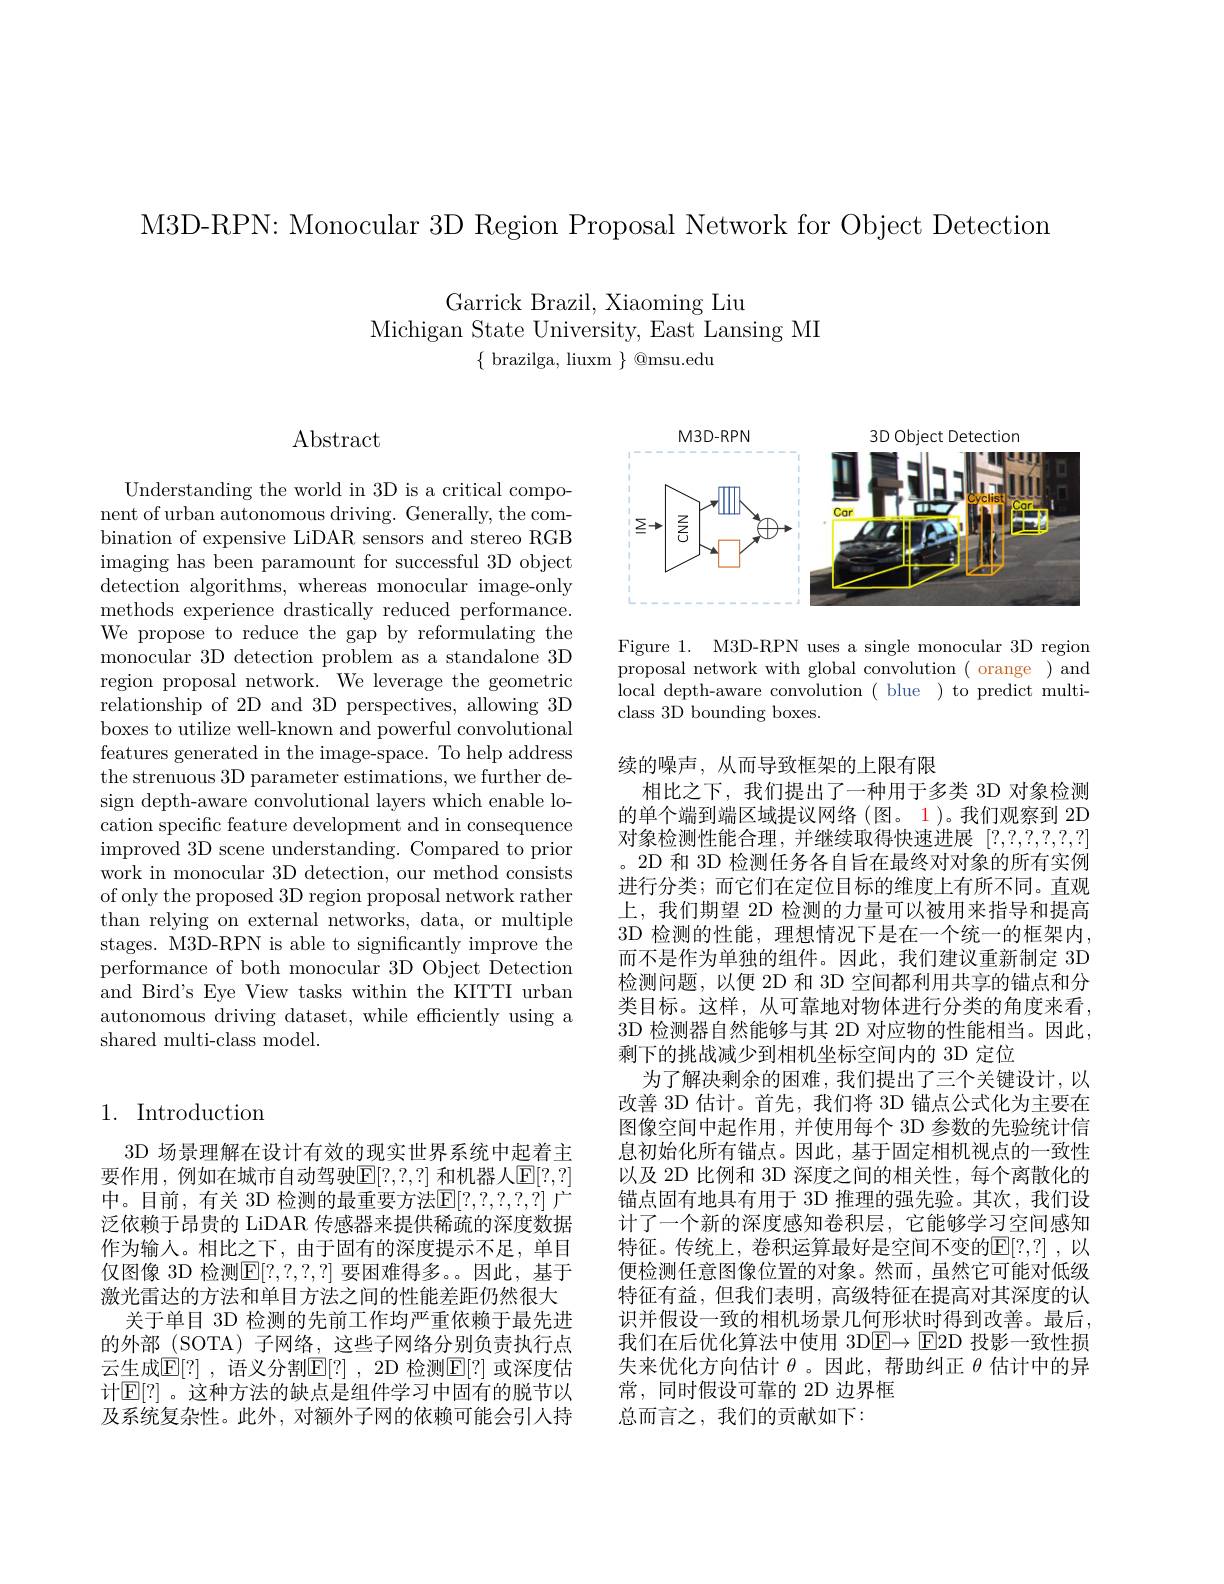
M3D-RPN: Monocular 3D Region Proposal Network for Object Detection

Garrick Brazil, Xiaoming Liu

Michigan State University, East Lansing MI

$\{$ brazilga, liuxm $\}$ @msu.edu

Abstract

Understanding the world in 3D is a critical component of urban autonomous driving. Generally, the combination of expensive LiDAR sensors and stereo RGB imaging has been paramount for successful 3D object detection algorithms, whereas monocular image-only methods experience drastically reduced performance. We propose to reduce the gap by reformulating the monocular 3D detection problem as a standalone 3D region proposal network. We leverage the geometric relationship of 2D and 3D perspectives, allowing 3D boxes to utilize well-known and powerful convolutional features generated in the image-space. To help address the strenuous 3D parameter estimations, we further design depth-aware convolutional layers which enable location specific feature development and in consequence improved 3D scene understanding. Compared to prior work in monocular 3D detection, our method consists of only the proposed 3D region proposal network rather than relying on external networks, data, or multiple stages. M3D-RPN is able to significantly improve the performance of both monocular 3D Object Detection and Bird's Eye View tasks within the KITTI urban autonomous driving dataset, while efficiently using a shared multi-class model.

## 1. Introduction

3D 场景理解在设计有效的现实世界系统中起着主要作用，例如在城市自动驾驶$\mathbb{E}[?,?,?]$ 和机器人$\mathbb{E}[?,?]$ 中。目前，有关 3D 检测的最重要方法$\mathbb{E}[?,?,?,?,?]$ 广泛依赖于昂贵的 LiDAR 传感器来提供稀疏的深度数据作为输人。相比之下，由于固有的深度提示不足，单目仅图像 3D 检测$\mathbb{E}[?,?,?,?]$ 要困难得多。因此，基于激光雷达的方法和单目方法之间的性能差距仍然很大
关于单目 3D 检测的先前工作均严重依赖于最先进的外部 (SOTA) 子网络，这些子网络分别负责执行点云生成$\mathbb{E}[?]$ ,语义分割$\mathbb{E}[?]$ ,2D 检测$\mathbb{E}[?]$ 或深度估计$\mathbb{E}[?]$。这种方法的缺点是组件学习中固有的脱节以及系统复杂性。此外，对额外子网的依赖可能会引人持

<FigureHere>

Figure 1. M3D-RPN uses a single monocular 3D region proposal network with global convolution ( orange ) and local depth-aware convolution ( blue ) to predict multiclass 3D bounding boxes.

续的噪声，从而导致框架的上限有限
相比之下，我们提出了一种用于多类 3D 对象检测的单个端到端区域提议网络(图。1)。我们观察到 2D 对象检测性能合理，并继续取得快速进展[?,?,?,?,?,?] 。2D 和 3D 检测任务各自旨在最终对对象的所有实例进行分类；而它们在定位目标的维度上有所不同。直观上，我们期望 2D 检测的力量可以被用来指导和提高3D 检测的性能，理想情况下是在一个统一的框架内， 而不是作为单独的组件。因此，我们建议重新制定 3D 检测问题，以便 2D 和 3D 空间都利用共享的锚点和分类目标。这样，从可靠地对物体进行分类的角度来看， 3D 检测器自然能够与其 2D 对应物的性能相当。因此， 剩下的挑战减少到相机坐标空间内的 3D 定位
为了解决剩余的困难，我们提出了三个关键设计，以改善 3D 估计。首先，我们将 3D 锚点公式化为主要在图像空间中起作用，并使用每个 3D 参数的先验统计信息初始化所有锚点。因此，基于固定相机视点的一致性以及 2D 比例和 3D 深度之间的相关性，每个离散化的锚点固有地具有用于 3D 推理的强先验。其次，我们设计了一个新的深度感知卷积层，它能够学习空间感知特征。传统上，卷积运算最好是空间不变的$\mathbb{E}[?,?]$,以便检测任意图像位置的对象。然而，虽然它可能对低级特征有益，但我们表明，高级特征在提高对其深度的认识并假设一致的相机场景几何形状时得到改善。最后， 我们在后优化算法中使用 3DE$\to$E2D 投影一致性损失来优化方向估计$\theta$。因此，帮助纠正$\theta$估计中的异常，同时假设可靠的 2D 边界框
总而言之，我们的贡献如下：